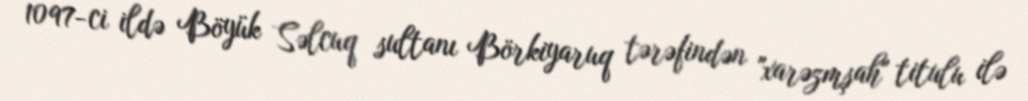
1097-ci ildə Böyük Səlcuq sultanı Börkiyaruq tərəfindən "xarəzmşah" titulu ilə